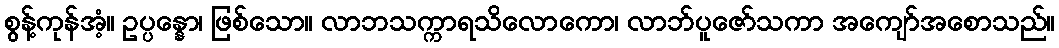
စွန့်ကုန်အံ့။ ဥပ္ပန္နော၊ ဖြစ်သော။ လာဘသက္ကာရသိလောကော၊ လာဘ်ပူဇော်သကာ အကျော်အစောသည်။